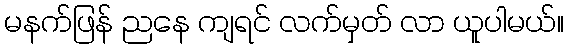
မနက်ဖြန် ညနေ ကျရင် လက်မှတ် လာ ယူပါမယ်။